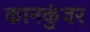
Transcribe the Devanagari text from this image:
कानकुंवर